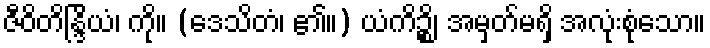
ဇီဝိတိန္ဒြိယံ၊ ကို။ (ဒေသိတံ၊ ၏။) ယံကိဉ္စိ၊ အမှတ်မရှိ အလုံးစုံသော။